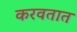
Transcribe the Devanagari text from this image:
करवतात